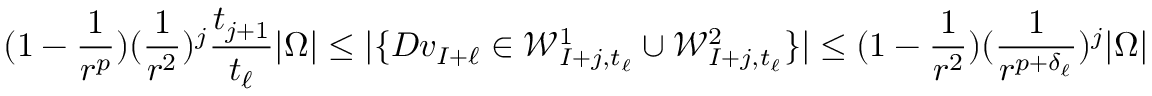
( 1 - \frac { 1 } { r ^ { p } } ) ( \frac { 1 } { r ^ { 2 } } ) ^ { j } \frac { t _ { j + 1 } } { t _ { \ell } } | \Omega | \leq | \{ D v _ { I + \ell } \in \mathcal { W } _ { I + j , t _ { \ell } } ^ { 1 } \cup \mathcal { W } _ { I + j , t _ { \ell } } ^ { 2 } \} | \leq ( 1 - \frac { 1 } { r ^ { 2 } } ) ( \frac { 1 } { r ^ { p + \delta _ { \ell } } } ) ^ { j } | \Omega |